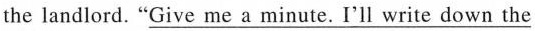
the landlord.\underline{"Give me a minute. I'll write down the}